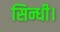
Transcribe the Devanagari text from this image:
सिन्धी।